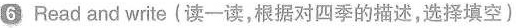
6 Read and write (读一读,根据对四季的描述,选择填空)